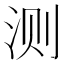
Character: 测